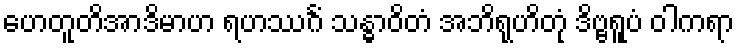
ဟေတူတိအာဒိမာဟ ရဟဿင်္ဂံ သန္ဓာဝိတံ အဘိရုဟိတုံ ဒိဗ္ဗရူပံ ဝါကရာ